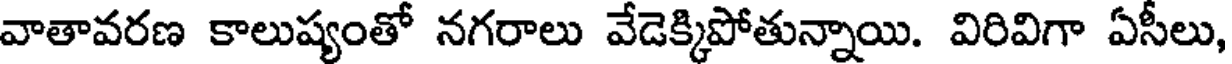
వాతావరణ కాలుష్యంతో నగరాలు వేడెక్కిపోతున్నాయి. విరివిగా ఏసీలు,